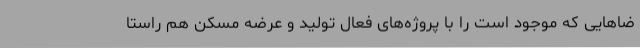
ضاهایی که موجود است را با پروژه‌های فعال تولید و عرضه مسکن هم راستا